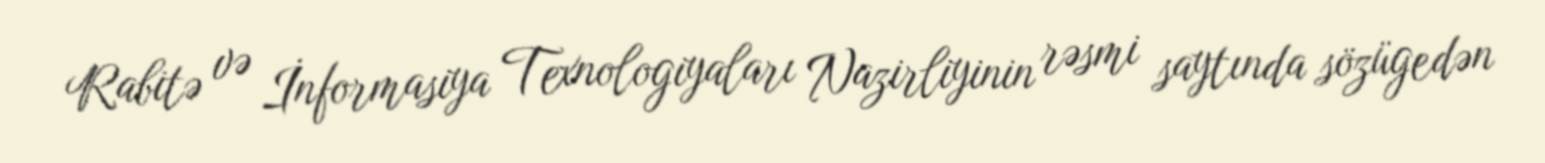
Rabitə və İnformasiya Texnologiyaları Nazirliyinin rəsmi saytında sözügedən